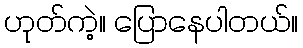
ဟုတ်ကဲ့။ ပြောနေပါတယ်။